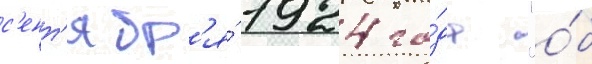
с'ент'ябр'я́ 1924 го́да "о́б